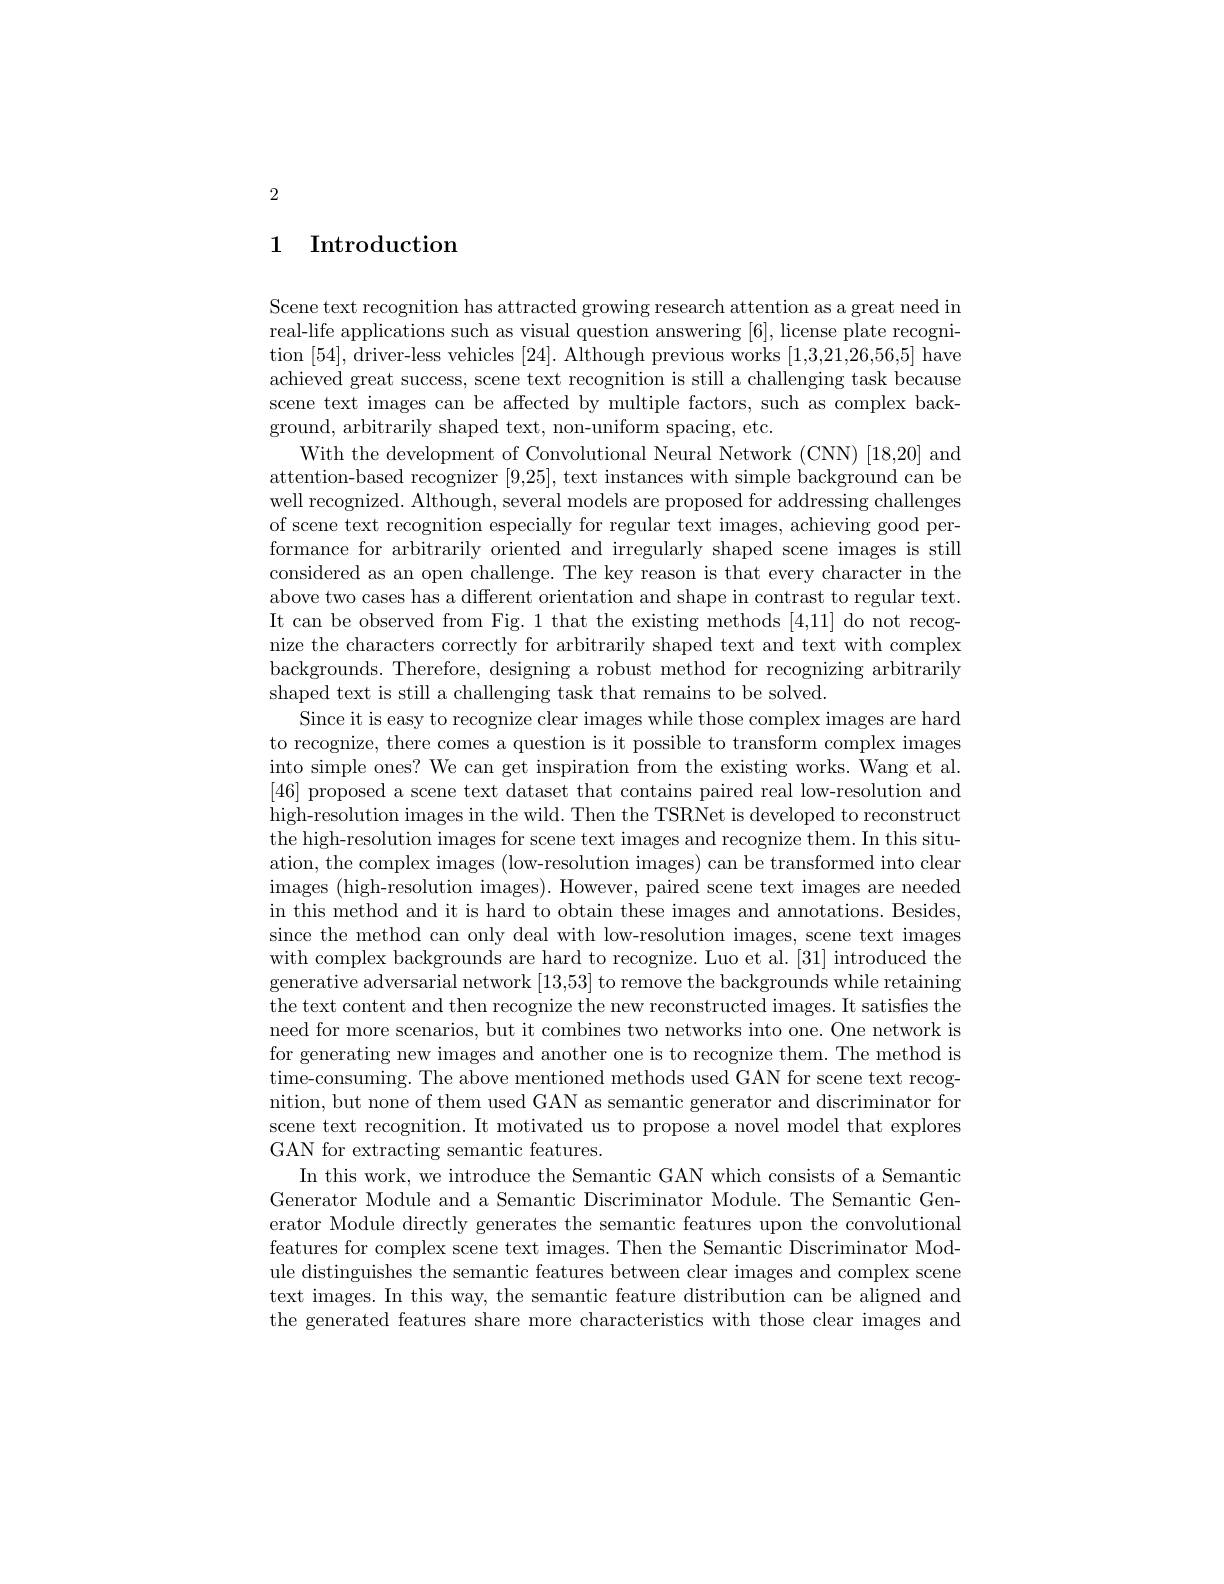
2

### 1 Introduction

Scene text recognition has attracted growing research attention as a great need in real-life applications such as visual question answering [6], license plate recognition [54],driver-less vehicles [24]. Although previous works [1,3,21,26,56,5] have achieved great success, scene text recognition is still a challenging task because scene text images can be affected by multiple factors, such as complex background, arbitrarily shaped text, non-uniform spacing, etc.
With the development of Convolutional Neural Network (CNN) [18,20] and attention-based recognizer [9,25], text instances with simple background can be well recognized. Although, several models are proposed for addressing challenges of scene text recognition especially for regular text images, achieving good performance for arbitrarily oriented and irregularly shaped scene images is still considered as an open challenge. The key reason is that every character in the above two cases has a different orientation and shape in contrast to regular text. It can be observed from Fig. 1 that the existing methods [4,11] do not recognize the characters correctly for arbitrarily shaped text and text with complex backgrounds. Therefore, designing a robust method for recognizing arbitrarily shaped text is still a challenging task that remains to be solved.
Since it is easy to recognize clear images while those complex images are hard to recognize, there comes a question is it possible to transform complex images into simple ones? We can get inspiration from the existing works. Wang et al. [46] proposed a scene text dataset that contains paired real low-resolution and high-resolution images in the wild. Then the TSRNet is developed to reconstruct the high-resolution images for scene text images and recognize them. In this situation, the complex images (low-resolution images) can be transformed into clear images ( high- resolution images) . However, paired scene text images are needed in this method and it is hard to obtain these images and annotations. Besides, since the method can only deal with low-resolution images, scene text images with complex backgrounds are hard to recognize. Luo et al. [31] introduced the generative adversarial network [13,53] to remove the backgrounds while retaining the text content and then recognize the new reconstructed images. It satisfies the need for more scenarios, but it combines two networks into one. One network is for generating new images and another one is to recognize them. The method is time-consuming. The above mentioned methods used GAN for scene text recognition, but none of them used GAN as semantic generator and discriminator for scene text recognition. It motivated us to propose a novel model that explores GAN for extracting semantic features.
In this work, we introduce the Semantic GAN which consists of a Semantic Generator Module and a Semantic Discriminator Module. The Semantic Generator Module directly generates the semantic features upon the convolutional features for complex scene text images. Then the Semantic Discriminator Module distinguishes the semantic features between clear images and complex scene text images. In this way, the semantic feature distribution can be aligned and the generated features share more characteristics with those clear images and